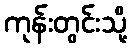
ကုန်းတွင်းသို့